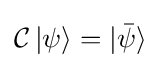
{\mathcal {C}}\,|\psi \rangle =|{\bar {\psi }}\rangle